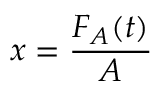
x = \frac { F _ { A } ( t ) } { A }